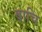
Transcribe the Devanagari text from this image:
वाचि